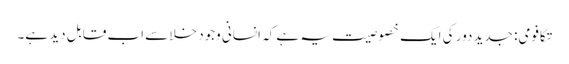
تکافومی: جدید دور کی ایک خصوصیت یہ ہے کہ انسانی وجود خلا سے اب قابلِ دید ہے۔